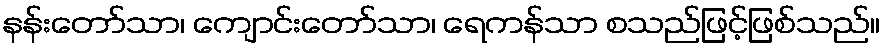
နန်းတော်သာ၊ ကျောင်းတော်သာ၊ ရေကန်သာ စသည်ဖြင့်ဖြစ်သည်။